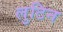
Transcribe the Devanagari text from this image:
लुटिन